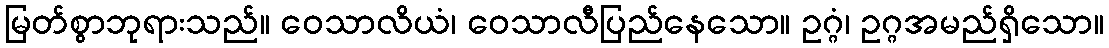
မြတ်စွာဘုရားသည်။ ဝေသာလိယံ၊ ဝေသာလီပြည်နေသော။ ဥဂ္ဂံ၊ ဥဂ္ဂအမည်ရှိသော။